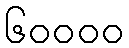
၆၀၀၀၀